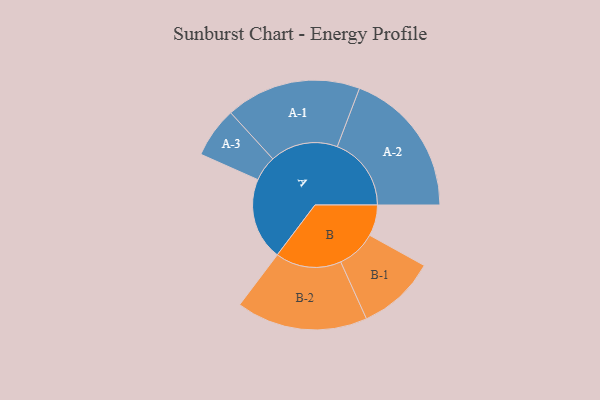
{"axis": {"x": "Segment", "y": "Value"}, "legend": ["", "A", "B"], "data": [{"x": "A", "y": 329, "type": ""}, {"x": "B", "y": 124, "type": ""}, {"x": "A-1", "y": 271, "type": "A"}, {"x": "A-2", "y": 296, "type": "A"}, {"x": "A-3", "y": 101, "type": "A"}, {"x": "B-1", "y": 157, "type": "B"}, {"x": "B-2", "y": 263, "type": "B"}]}